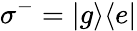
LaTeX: \sigma^{-}=|g\rangle\langle e|